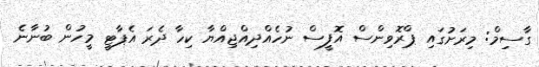
ގާސިމް: މިރަށުގައި ޕްރޮވިންސް އޮފީސް ނުހެއްދިއްޖިއްޔާ ކިހާ ދެރަ އެޕާޓީ މީހުން ބުނާނެ